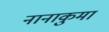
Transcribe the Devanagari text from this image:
नानाकुमा